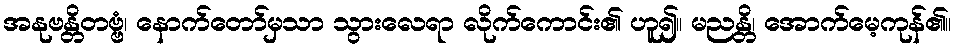
အနုဗန္တိတဗ္ဗံ၊ နောက်တော်မှသာ သွားလေရာ လိုက်ကောင်း၏ ဟူ၍။ မညန္တိ၊ အောက်မေ့ကုန်၏။